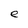
Character: e